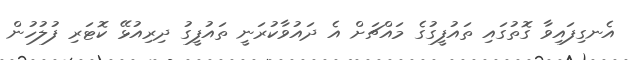
އެނގިފައިވާ ގޮތުގައި ތައުފީގުގެ މައްޗަށް އެ ދައުވާކުރަނީ ތައުފީގު ދިރިއުޅޭ ކޮޓަރި ފުލުހުން